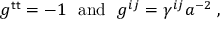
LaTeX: g ^ { \sf t t } = - 1 ~ ~ \mathrm { a n d } ~ ~ g ^ { i j } = \gamma ^ { i j } a ^ { - 2 } \; ,